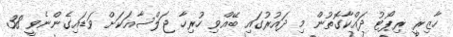
ހާޒިރީ ރިޕޯޓު ދައްކާގޮތުން މި ދައުރުގައި ބޭއްވި ހުރިހާ ޖަލްސާއަކަށް ވަޑައިގެންނެވީ 38